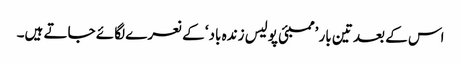
اس کے بعد تین بار ’ممبئی پولیس زندہ باد‘ کے نعرے لگائے جاتے ہیں۔